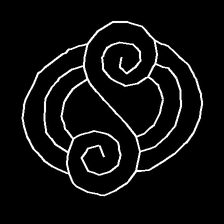
Glyph: wind-underfoot